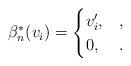
LaTeX: \begin{align*}\beta_{n}^*(v_i)=\begin{cases}v_i',&,\\0, &.\end{cases}\end{align*}